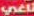
ناغي